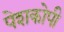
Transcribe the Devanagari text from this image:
पेशकोपी